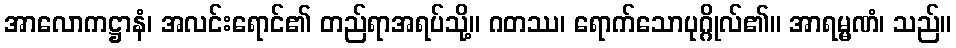
အာလောကဋ္ဌာနံ၊ အလင်းရောင်၏ တည်ရာအရပ်သို့။ ဂတဿ၊ ရောက်သောပုဂ္ဂိုလ်၏။ အာရမ္မဏံ၊ သည်။